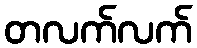
တလက်လက်